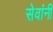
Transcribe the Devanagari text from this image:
सेवांनी